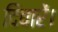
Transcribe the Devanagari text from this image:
दिवारें।